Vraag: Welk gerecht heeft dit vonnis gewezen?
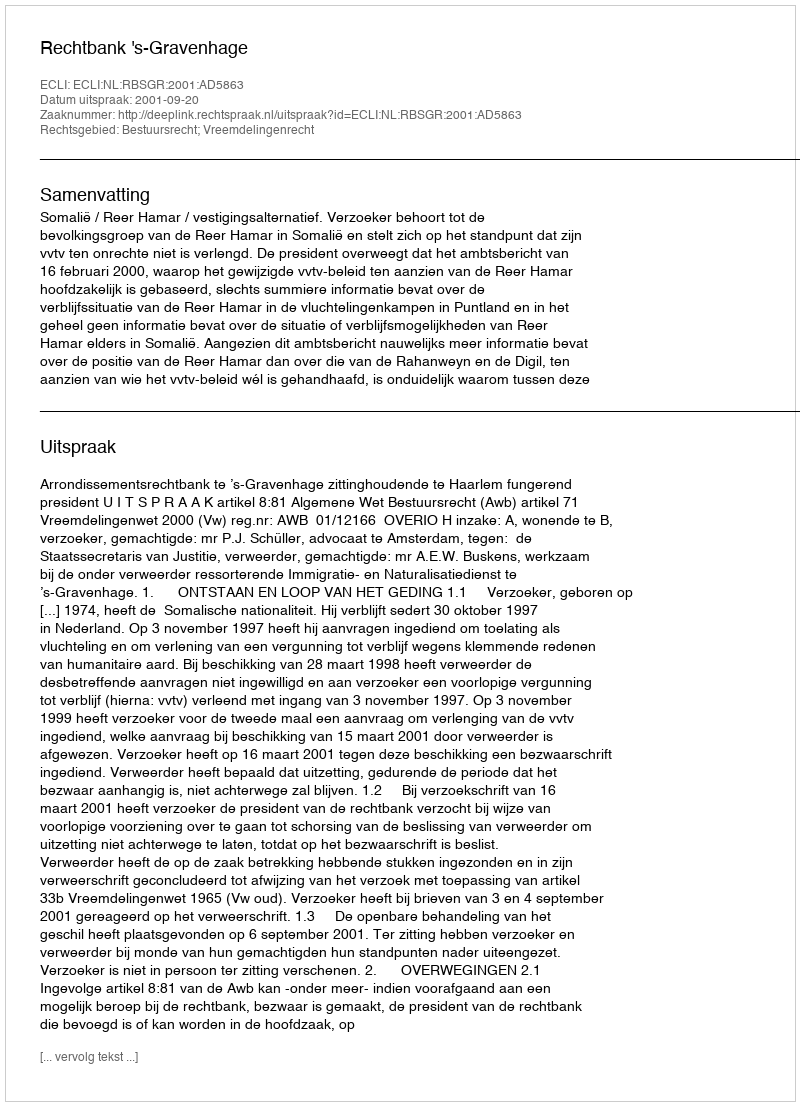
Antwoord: Rechtbank 's-Gravenhage